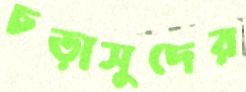
চড়াসুদের